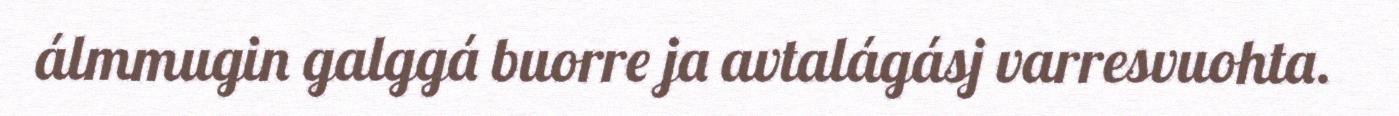
álmmugin galggá buorre ja avtalágásj varresvuohta.